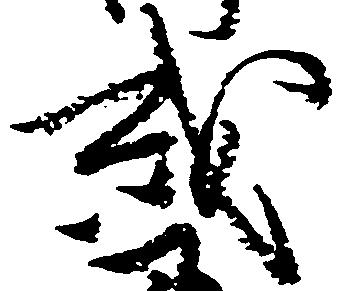
或